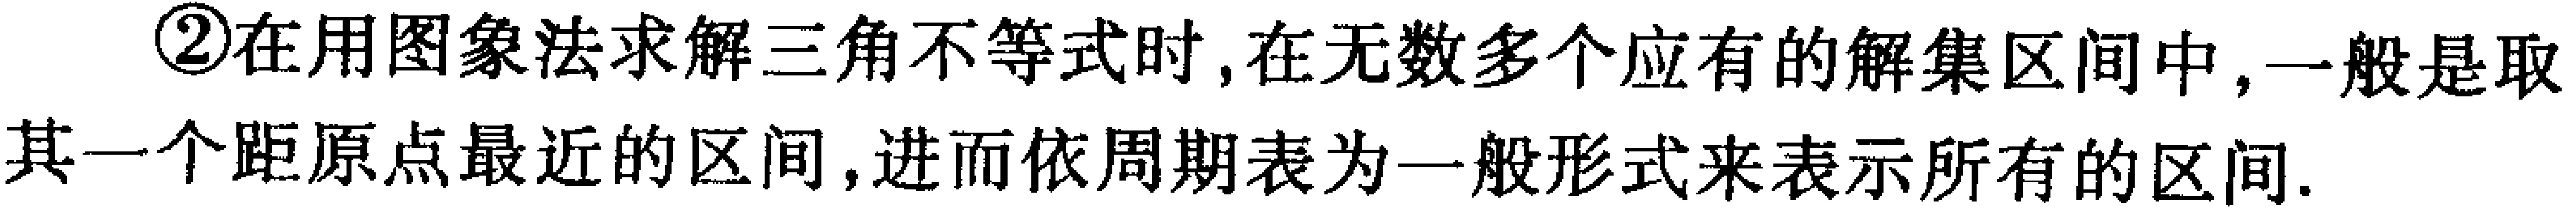
\textcircled{2}在用图象法求解三角不等式时,在无数多个应有的解集区间中,一般是取其一个距原点最近的区间,进而依周期表为一般形式来表示所有的区间.